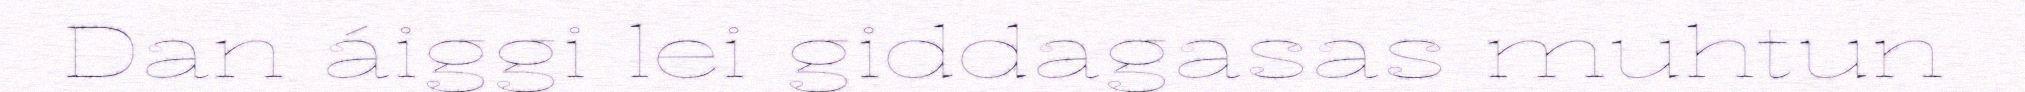
Dan áiggi lei giddagasas muhtun